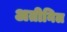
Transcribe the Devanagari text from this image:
अतीनिल